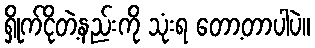
ရှိုက်ငိုတဲ့နည်းကို သုံးရ တော့တာပါပဲ။